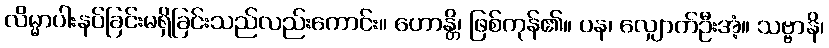
လိမ္မာပါးနပ်ခြင်းမရှိခြင်းသည်လည်းကောင်း။ ဟောန္တိ၊ ဖြစ်ကုန်၏။ ပန၊ လျှောက်ဦးအံ့။ သဗ္ဗာနိ၊